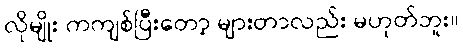
လိုမျိုး ကကျစ်ပြီးတော့ များတာလည်း မဟုတ်ဘူး။